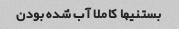
بستنیها کاملا آب شده بودن